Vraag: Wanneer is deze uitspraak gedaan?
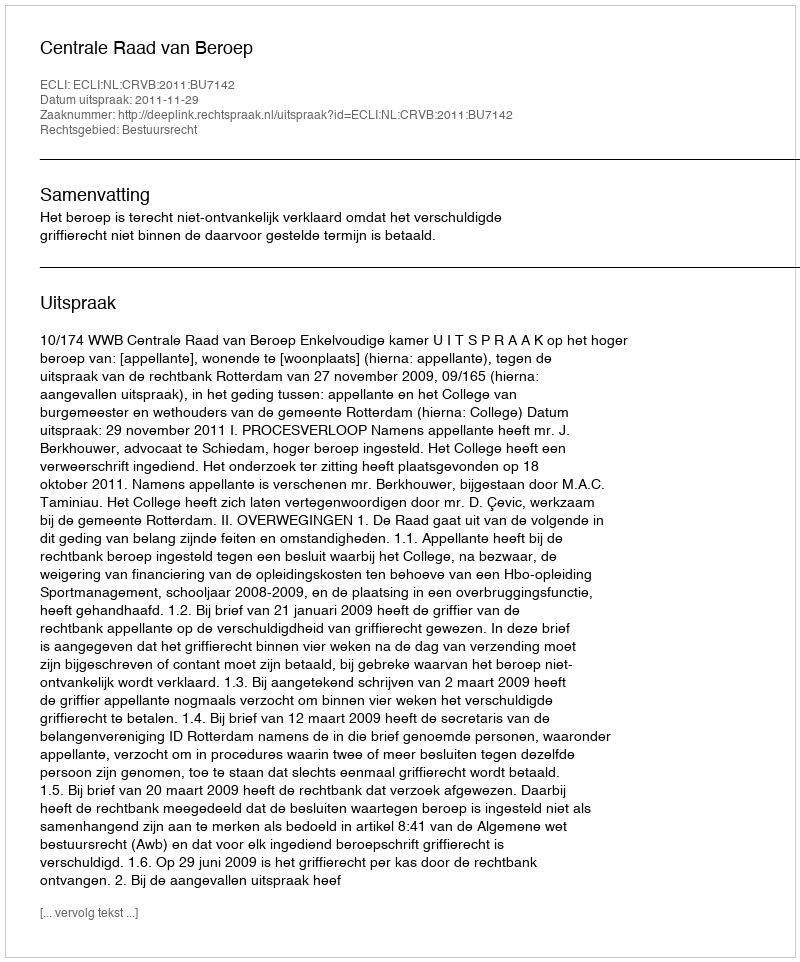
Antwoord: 2011-11-29